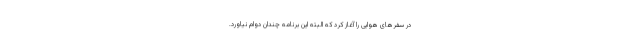
در سفرهای هوایی را آغاز کرد که البته این برنامه چندان دوام نیاورد.